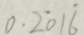
0 . 2 \dot { 0 } 1 \dot { 6 }